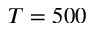
T = 5 0 0